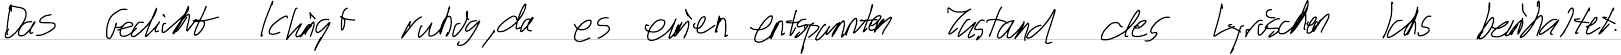
Das Gedicht klingt ruhig, da es einen entspannten Zustand des Lyrischen Ichs beinhaltet